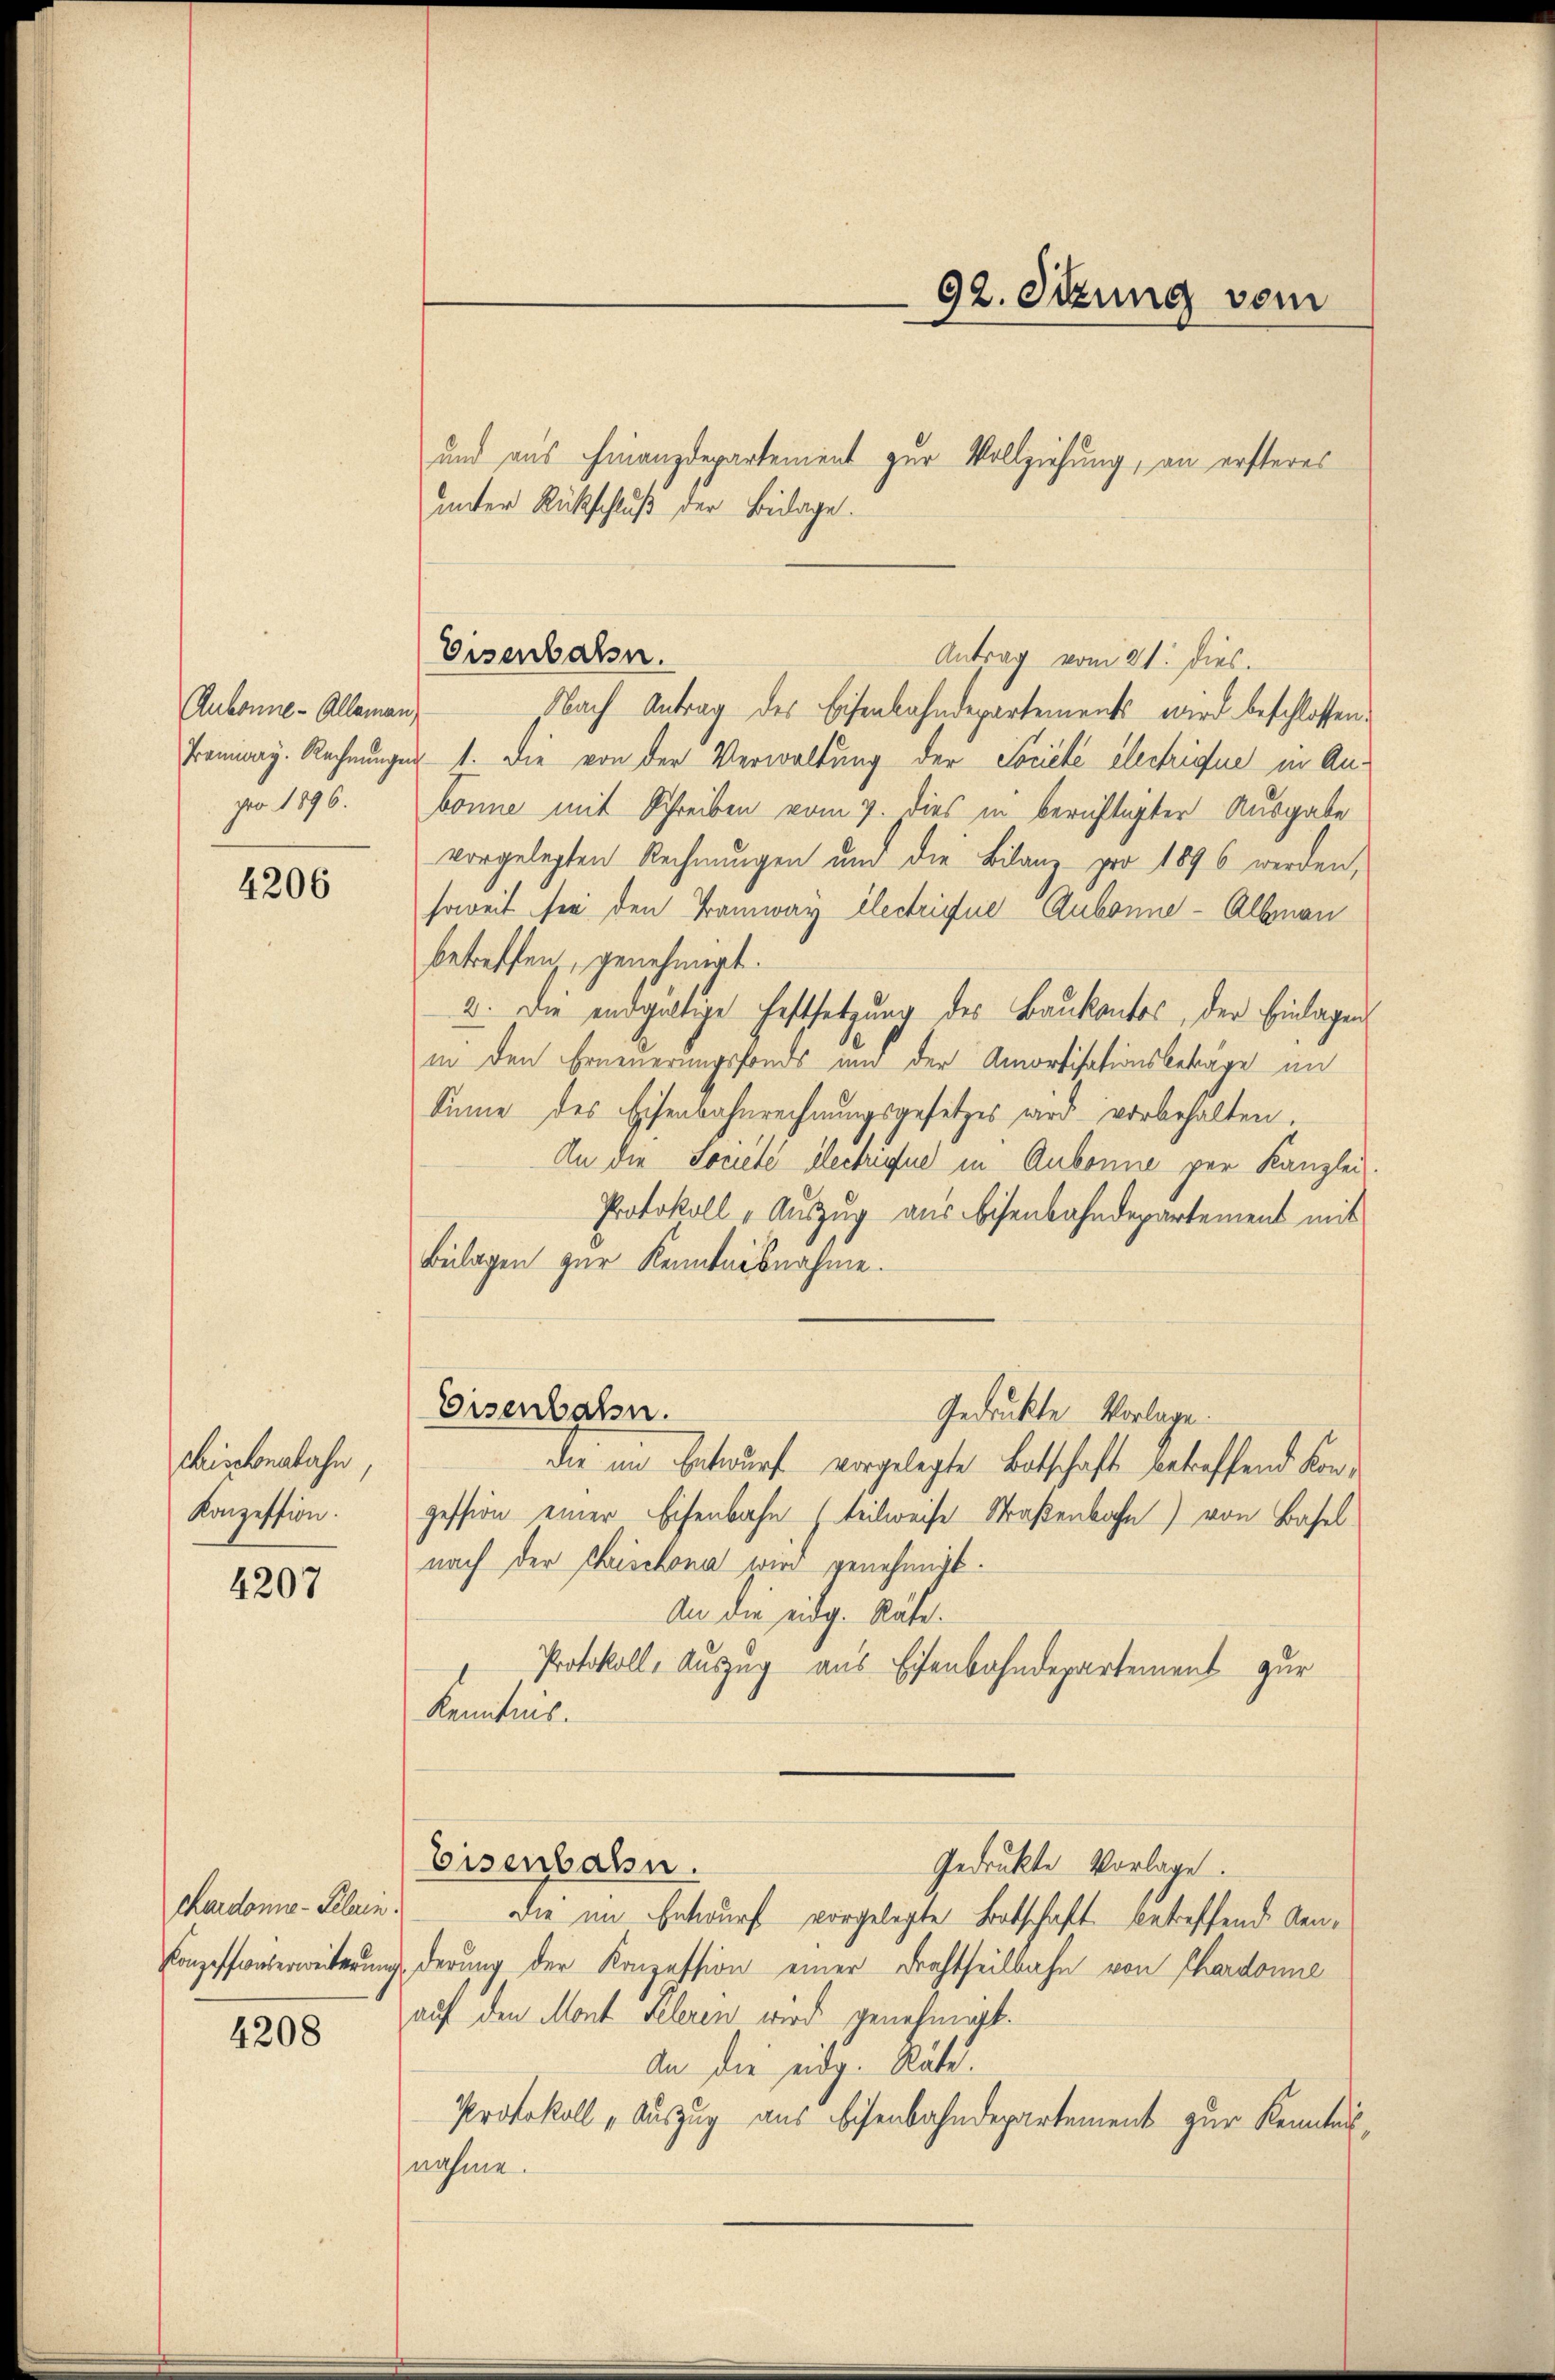
Rubonne - Alleman
pro 1896.

4206

chischonetahn,
Konzession.

4207

chardono - Pelerin
Konzessionserweiterung
4208

und aus Finanzdepartement zur Vollziehung, an ersteres
unter Rückschluß der Beilage.
Antrag vom 21. dies
Nach Antrag des Eisenbahndepartements wird beschlossen
Promiay-Rechnungen 1. Die von der Verwaltung der Societe electriffe in Anbonne mit Schreiben vom 7. dies in berichtigter Ausgabe
vorgelegten Rechnungen und die Bilanz pro 1896 werden,
soweit sie den Tramway électrigue Aubonne - Albonan
betreffen, genehmigt.
2. Die endgültige Festsetzung des Baukantos, der Einlagen
in den Erneuerungsfonds und der Amortisationsbeträge an
Sinne des Eisenbahnrechnungsgesetzes wird vorbehalten.
An die Societée electrufue in Aubonne per Kanzlei
Protokoll „Aŭszŭg aŭs Bisenbahndepartement mit
Beilagen zur Kenntnisnahme.
Eisenbahn.
Gedrückte Vorlage.
die im Entwurf vorgelegte Botschaft betreffend Konpession einer Eisenbahn (teilweise Straßenbahn) von Basel
nach der Chrischona wird genehmigt.
An die eidg. Räte.
Protokoll, Auszug aus Eisenbahndepartement zur
Kenntnis.
Eisenbahn.
Gedruckte Vorlage.
Die im Entwurf vorgelegte Botschaft betreffende Aengderung der Konzession einer Frachtheilbahn von Chardonne
auf den Mont Peleren wird genehmigt.
An die eidg. Räte.
Protokoll „Auszug aus Eisenbahndepartement zur Kenntnis
nahme.

Eisenbahn.

92. Sitzung vom